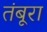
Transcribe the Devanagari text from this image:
तंबूरा